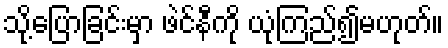
သို့ပြောခြင်းမှာ ဖဲင်နီကို ယုံကြည်၍မဟုတ်။